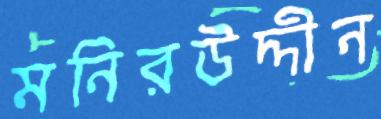
মনিরউদ্দীন